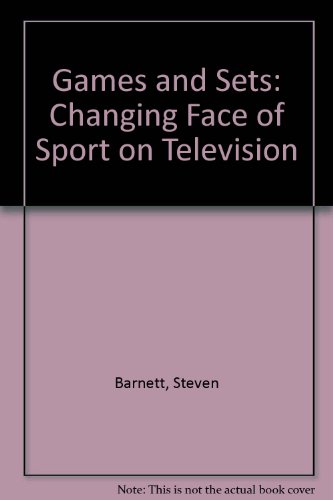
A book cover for Games and Sets: The Changing Face of Sport on Television; Steven Barnett; Sports & Outdoors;